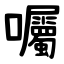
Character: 囑